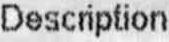
DESCRIPTION